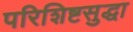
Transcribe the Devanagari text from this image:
परिशिष्टसुद्धा